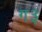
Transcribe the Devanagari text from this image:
ग३